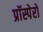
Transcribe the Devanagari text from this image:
प्रॉस्पेरो